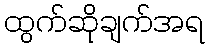
ထွက်ဆိုချက်အရ